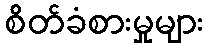
စိတ်ခံစားမှုများ